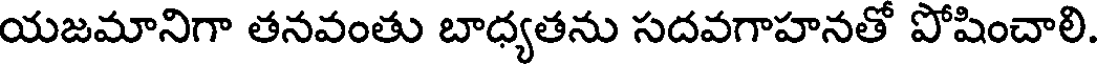
యజమానిగా తనవంతు బాధ్యతను సదవగాహనతో పోషించాలి.